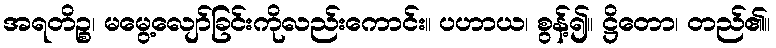
အရတိဉ္စ၊ မမွေ့လျော်ခြင်းကိုလည်းကောင်း။ ပဟာယ၊ စွန့်၍။ ဋ္ဌိတော၊ တည်၏။